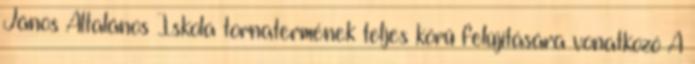
János Általános Iskola tornatermének teljes körű felújítására vonatkozó A